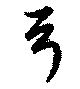
弓